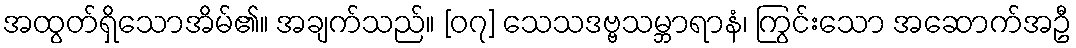
အထွတ်ရှိသောအိမ်၏။ အချက်သည်။ [၀၇] သေသဒဗ္ဗသမ္ဘာရာနံ၊ ကြွင်းသော အဆောက်အဦ